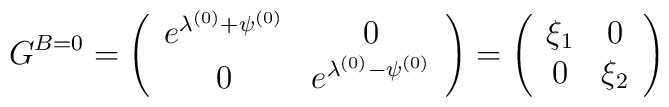
G^{B=0}=\left(\begin{array}{cc}e^{\lambda ^{(0)}+\psi ^{(0)}} & 0 \\0 & e^{\lambda ^{(0)}-\psi ^{(0)}}\end{array}\right) =\left(\begin{array}{cc}\xi _{1} & 0 \\0 & \xi _{2}\end{array}\right)